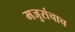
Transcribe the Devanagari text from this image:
मजुरांचाच